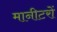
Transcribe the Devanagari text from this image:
मानीटरों